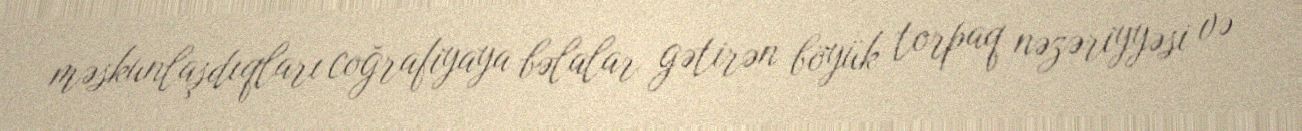
məskunlaşdıqları coğrafiyaya bəlalar gətirən böyük torpaq nəzəriyyəsi və